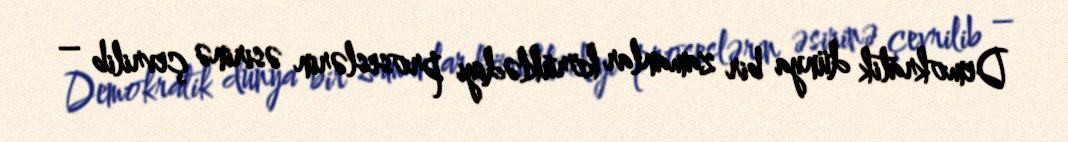
Demokratik dünya bir zamanlar körüklədiyi proseslərin əsirinə çevrilib –